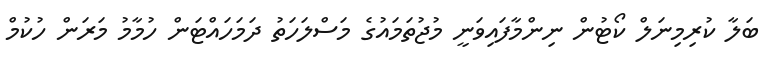
ބަލާ ކުރިމިނަލް ކޯޓުން ނިންމާފައިވަނީ މުޖުތަމައުގެ މަސްލަހަތު ދަމަހައްޓަން ހުމާމު މަރަން ހުކުމް